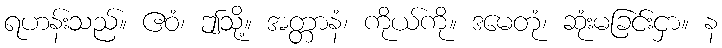
ရဟန်းသည်။ ဧဝံ၊ ဤသို့။ အတ္တာနံ၊ ကိုယ်ကို။ ဒမေတုံ၊ ဆုံးမခြင်းငှာ။ န